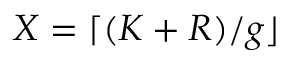
X = \lceil ( K + R ) / g \rfloor